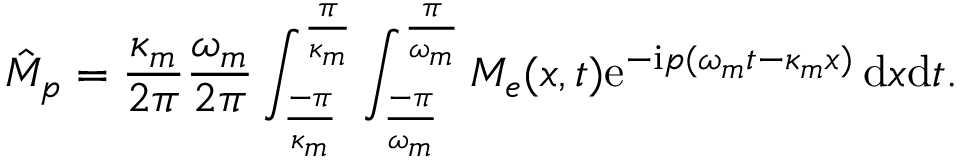
\hat { M } _ { p } = \frac { \kappa _ { m } } { 2 \pi } \frac { \omega _ { m } } { 2 \pi } \int _ { \frac { - \pi } { \kappa _ { m } } } ^ { \frac { \pi } { \kappa _ { m } } } \int _ { \frac { - \pi } { \omega _ { m } } } ^ { \frac { \pi } { \omega _ { m } } } M _ { e } ( x , t ) \mathrm { e } ^ { - \mathrm { i } p ( \omega _ { m } t - \kappa _ { m } x ) } \, \mathrm { d } x \mathrm { d } t .